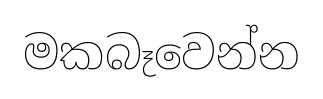
මකබෑවෙන්න